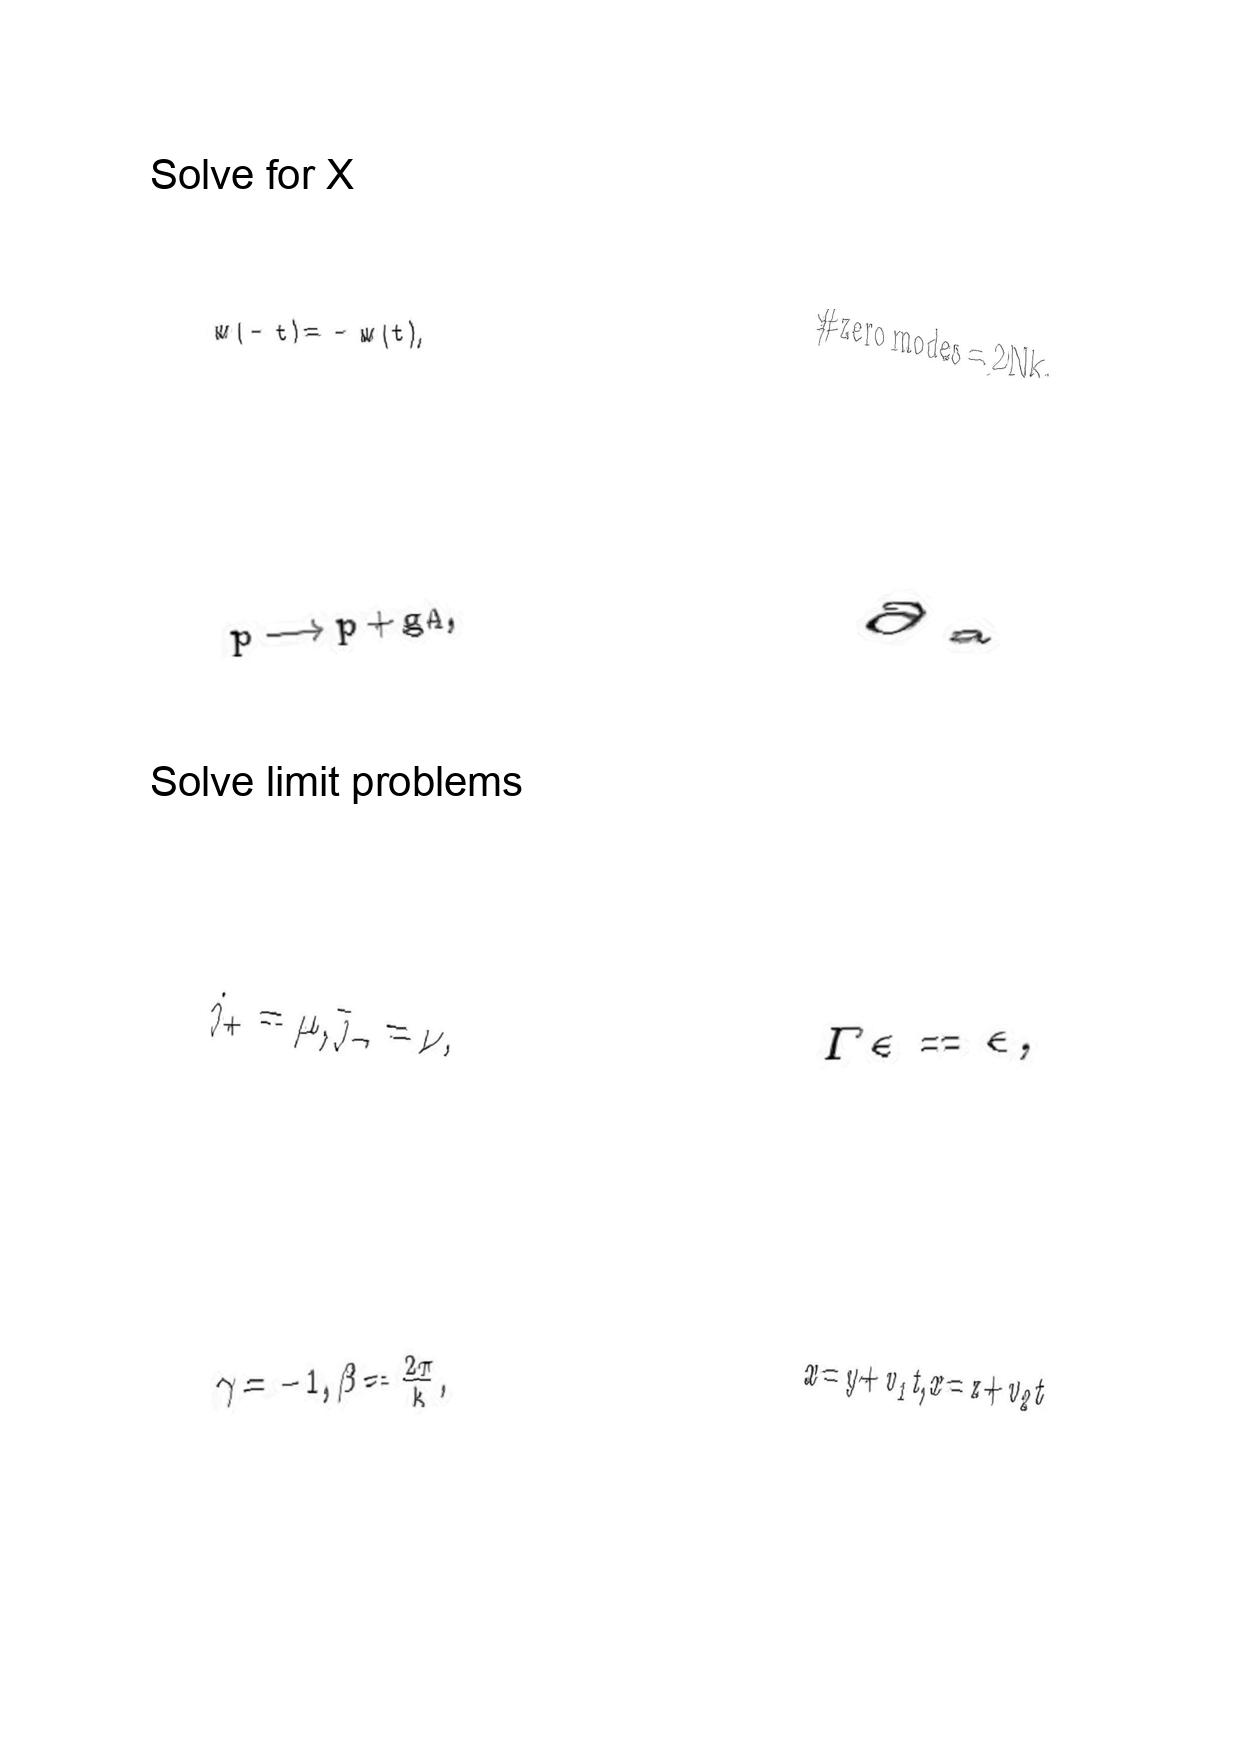
LaTeX transcription:
w \lparen - t \rparen = - w \lparen t \rparen ,
p \longrightarrow p + g A ,
j _ { + } = \mu , \bar { \jmath } _ { - } = \nu ,
\gamma = - 1 , \beta = \frac { 2 \pi } { k } ,
\# \mathrm { z e r o \space m o d e s } = 2 N k ,
\partial _ { \mathrm { a } }
\Gamma \epsilon = \epsilon ,
x = y + v _ { 1 } t , x = z + v _ { 2 } t